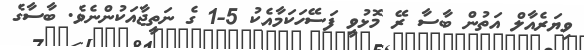
ވިޔަރެއާލް އަތުން ބާސާ ރޭ މޮޅުވީ ފަސޭހަކަމާއެކު 5-1 ގެ ނަތީޖާއަކުންނެވެ. ބާސާގެ